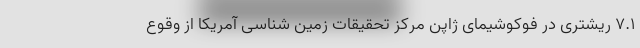
۷.۱ ریشتری در فوکوشیمای ژاپن مرکز تحقیقات زمین شناسی آمریکا از وقوع